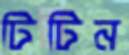
টিটিন